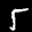
Label: 5